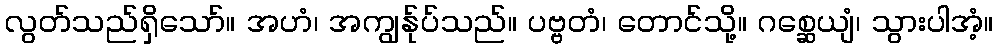
လွတ်သည်ရှိသော်။ အဟံ၊ အကျွန်ုပ်သည်။ ပဗ္ဗတံ၊ တောင်သို့။ ဂစ္ဆေယျံ၊ သွားပါအံ့။